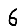
Digit: 6